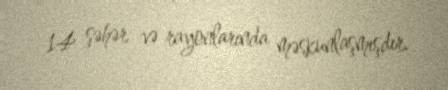
14 şəhər və rayonlarında məskunlaşmışdır.